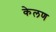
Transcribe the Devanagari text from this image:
केलण